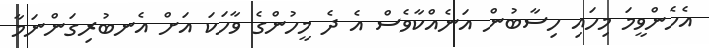
އެހެންވީމަ މިހައި ހިސާބުން އަނެއްކާވެސް އެ ދެ މީހުންގެ ވާހަކަ އަށް އެނބުރިގަންނަމާ